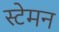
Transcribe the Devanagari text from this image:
स्टेमन